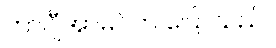
ဟာဂျီအာမင်က ပြောသည်။